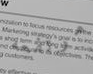
مرتفعه